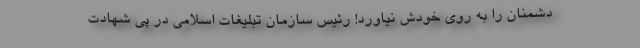
دشمنان را به روی خودش نیاورد! رئیس سازمان تبلیغات اسلامی در پی شهادت